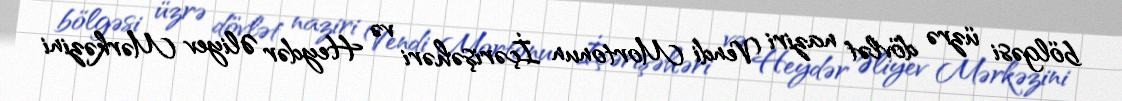
bölgəsi üzrə dövlət naziri Vendi Mortonun İçərişəhəri və Heydər Əliyev Mərkəzini